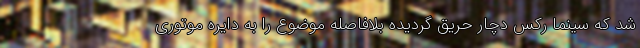
شد که سینما رکس دچار حریق گردیده بلافاصله موضوع را به دایره موتوری